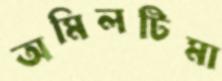
অমিলটিমা